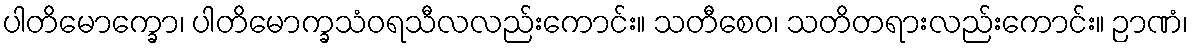
ပါတိမောက္ခော၊ ပါတိမောက္ခသံဝရသီလလည်းကောင်း။ သတီစေဝ၊ သတိတရားလည်းကောင်း။ ဉာဏံ၊